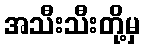
အသီးသီးတို့မှ